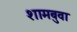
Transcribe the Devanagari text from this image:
शामबुवा